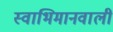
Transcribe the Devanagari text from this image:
स्वाभिमानवाली